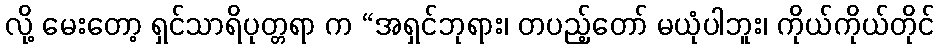
လို့ မေးတော့ ရှင်သာရိပုတ္တရာ က “အရှင်ဘုရား၊ တပည့်တော် မယုံပါဘူး၊ ကိုယ်ကိုယ်တိုင်